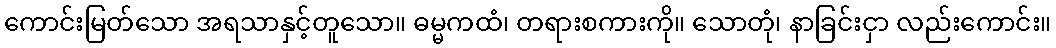
ကောင်းမြတ်သော အရသာနှင့်တူသော။ ဓမ္မကထံ၊ တရားစကားကို။ သောတုံ၊ နာခြင်းငှာ လည်းကောင်း။